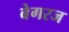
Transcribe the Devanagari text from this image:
बेगरज